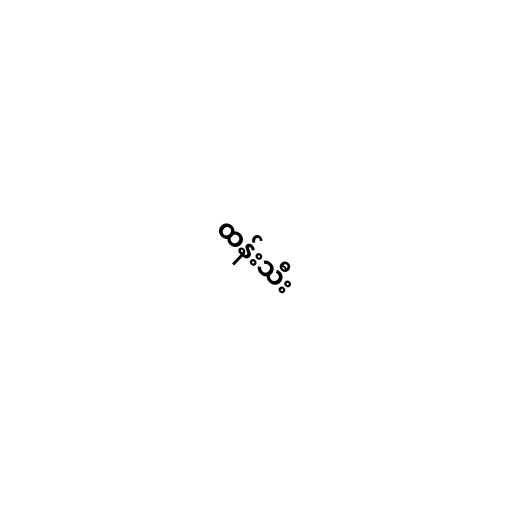
ထန်းသီး